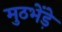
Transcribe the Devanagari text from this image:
मुठभेंड़े